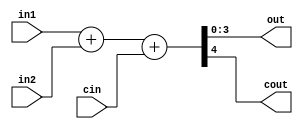
module ADD4_3 #(parameter SIZE = 4)(input [SIZE-1:0] in1, in2, 
    input cin, output [SIZE-1:0] out, output cout);
assign {cout, out} = in1 + in2 + cin;
endmodule